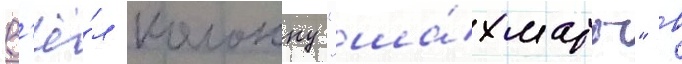
В'ё́л колонку "ша́хматы" в